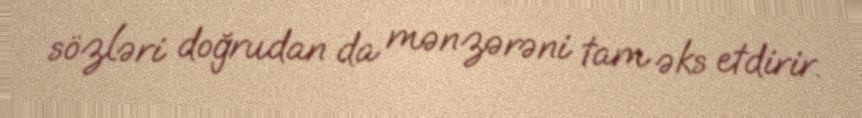
sözləri doğrudan da mənzərəni tam əks etdirir.